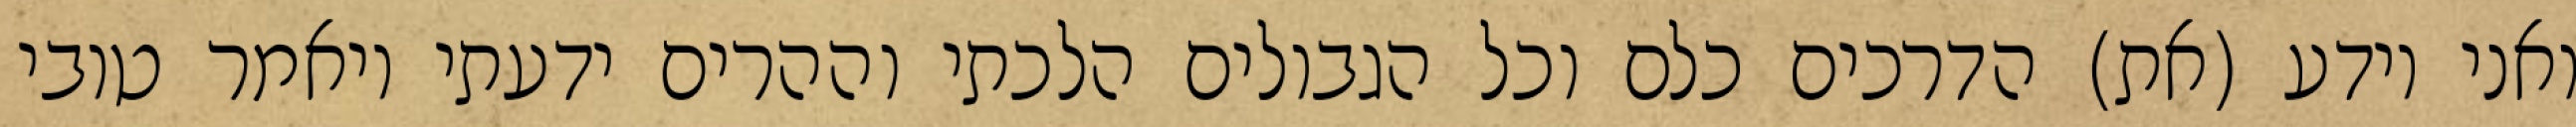
ואני יודע (את) הדרכים כלם וכל הגבולים הלכתי וההרים ידעתי ויאמר טובי